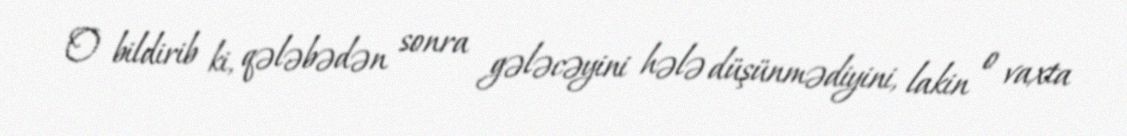
O bildirib ki, qələbədən sonra gələcəyini hələ düşünmədiyini, lakin o vaxta